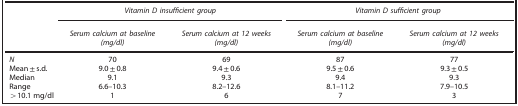
|  | <COLSPAN=2> Vitamin D insufficient group | <COLSPAN=2> Vitamin D sufficient group |
 |  | Serum calcium at baseline (mg/dl) | Serum calcium at 12 weeks (mg/dl) | Serum calcium at baseline (mg/dl) | Serum calcium at 12 weeks (mg/dl) |
 | --- | --- | --- | --- | --- |
 | N | 70 | 69 | 87 | 77 |
 | Mean±s.d. | 9.0±0.8 | 9.4±0.6 | 9.5±0.6 | 9.3±0.5 |
 | Median | 9.1 | 9.3 | 9.4 | 9.3 |
 | Range | 6.6–10.3 | 8.2–12.6 | 8.1–11.2 | 7.9–10.5 |
 | >10.1 mg/dl | 1 | 6 | 7 | 3 |